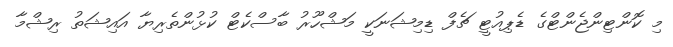
މި ކޮންޓިންޖެންޓްގެ ޑެޕިއުޓީ ޗެފް ޑިމިޝަނަކީ މަޝްހޫރު ބާސްކެޓް ކުޅުންތެރިޔާ އައިޝަތު ރިޝްމާ